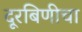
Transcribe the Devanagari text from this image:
दूरबिणीचा